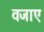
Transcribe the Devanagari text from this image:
वजाए